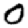
Digit: 0